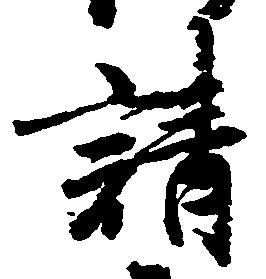
請